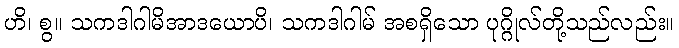
ဟိ၊ စွ။ သကဒါဂါမိအာဒယောပိ၊ သကဒါဂါမ် အစရှိသော ပုဂ္ဂိုလ်တို့သည်လည်း။